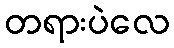
တရားပဲလေ